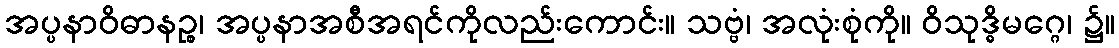
အပ္ပနာဝိဓာနဉ္စ၊ အပ္ပနာအစီအရင်ကိုလည်းကောင်း။ သဗ္ဗံ၊ အလုံးစုံကို။ ဝိသုဒ္ဓိမဂ္ဂေ၊ ၌။